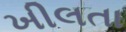
ખીલતા